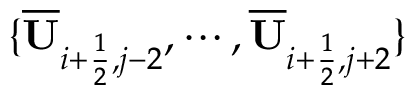
\{ \overline { { \mathbf { U } } } _ { i + \frac { 1 } { 2 } , j - 2 } , \cdots , \overline { { \mathbf { U } } } _ { i + \frac { 1 } { 2 } , j + 2 } \}